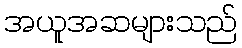
အယူအဆများသည်